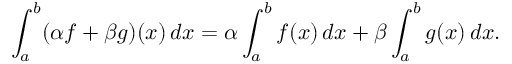
\int _ { a } ^ { b } ( \alpha f + \beta g ) ( x ) \, d x = \alpha \int _ { a } ^ { b } f ( x ) \, d x + \beta \int _ { a } ^ { b } g ( x ) \, d x .